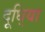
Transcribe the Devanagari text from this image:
दूधि्या